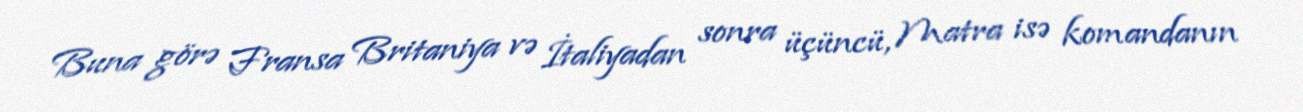
Buna görə Fransa Britaniya və İtaliyadan sonra üçüncü, Matra isə komandanın